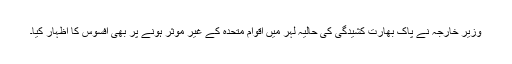
وزیر خارجہ نے پاک بھارت کشیدگی کی حالیہ لہر میں اقوام متحدہ کے غیر موثر ہونے پر بھی افسوس کا اظہار کیا۔